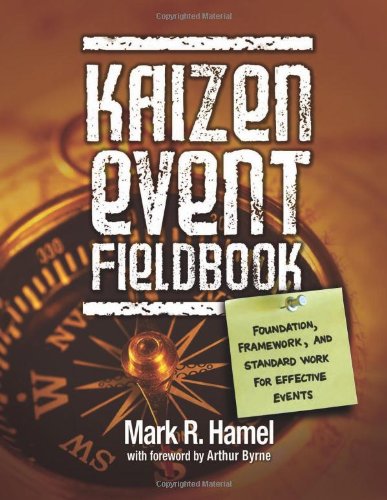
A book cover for Kaizen Event Fieldbook: Foundation, Framework, and Standard Work for Effective Events; Mark R. Hamel; Science & Math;